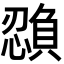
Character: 𫻉